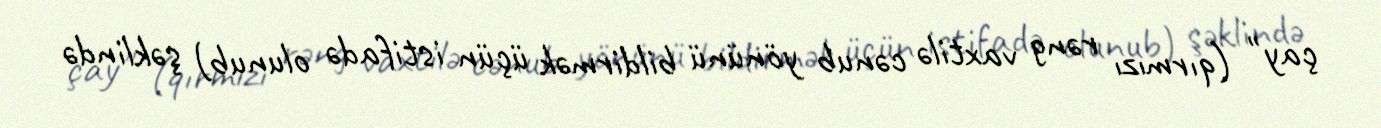
çay" (qırmızı rəng vaxtilə cənub yönünü bildirmək üçün istifadə olunub) şəklində